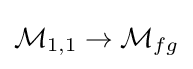
{\mathcal {M}}_{1,1}\to {\mathcal {M}}_{fg}